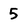
Character: 5